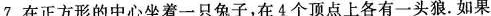
7.在正方形的中心坐着一只兔子，在4个顶点上各有一头狼。